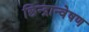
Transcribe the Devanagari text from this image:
छिन्द्रान्वेषण